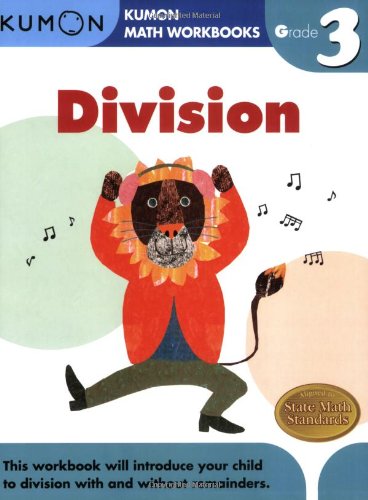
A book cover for Grade 3 Division (Kumon Math Workbooks); Kumon Publishing; Children's Books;